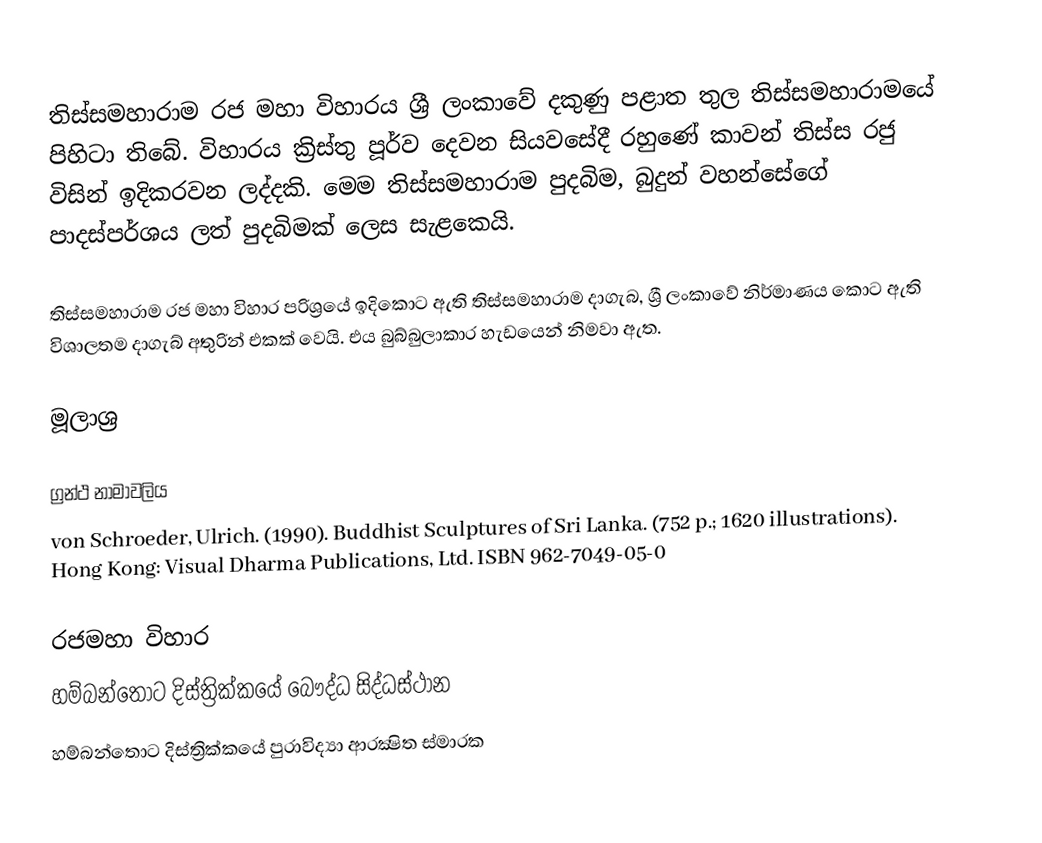
තිස්සමහාරාම රජ මහා විහාරය ශ්‍රී ලංකාවේ දකුණු පළාත තුල තිස්සමහාරාමයේ පිහිටා තිබේ. විහාරය ක්‍රිස්තු පූර්ව දෙවන සියවසේදී රහුණේ කාවන් තිස්ස රජු විසින් ඉදිකරවන ලද්දකි. මෙම තිස්සමහාරාම පුදබිම, බුදුන් වහන්සේගේ පාදස්පර්ශය ලත් පුදබිමක් ලෙස සැළකෙයි.

තිස්සමහාරාම රජ මහා විහාර පරිශ්‍රයේ ඉදිකොට ඇති තිස්සමහාරාම දාගැබ, ශ්‍රී ලංකාවේ නිර්මාණය කොට ඇති විශාලතම දාගැබ් අතුරින් එකක් වෙයි. එය බුබ්බුලාකාර හැඩයෙන් නිමවා ඇත.

මූලාශ්‍ර

ග්‍රන්ථ නාමාවලිය
von Schroeder, Ulrich. (1990). Buddhist Sculptures of Sri Lanka. (752 p.; 1620 illustrations). Hong Kong: Visual Dharma Publications, Ltd. ISBN 962-7049-05-0

රජමහා විහාර
හම්බන්තොට දිස්ත්‍රික්කයේ බෞද්ධ සිද්ධස්ථාන
හම්බන්තොට දිස්ත්‍රික්කයේ පුරාවිද්‍යා ආරක්‍ෂිත ස්මාරක